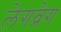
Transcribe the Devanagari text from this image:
लेगब्रेग